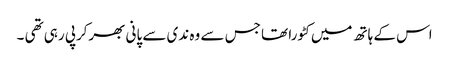
اس کے ہاتھ میں کٹورا تھا جس سے وہ ندی سے پانی بھرکرپی رہی تھی ۔